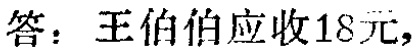
答：王伯伯应收18元，